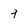
Character: q